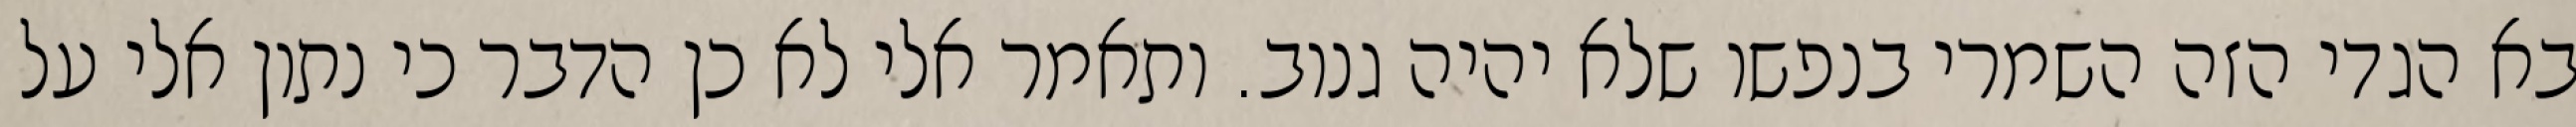
בא הגדי הזה השמרי בנפשו שלא יהיה גנוב. ותאמר אלי לא כן הדבר כי נתון אלי על